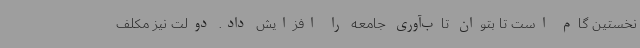
نخستین گام است تا بتوان تاب‌آوری جامعه را افزایش داد. دولت نیز مکلف